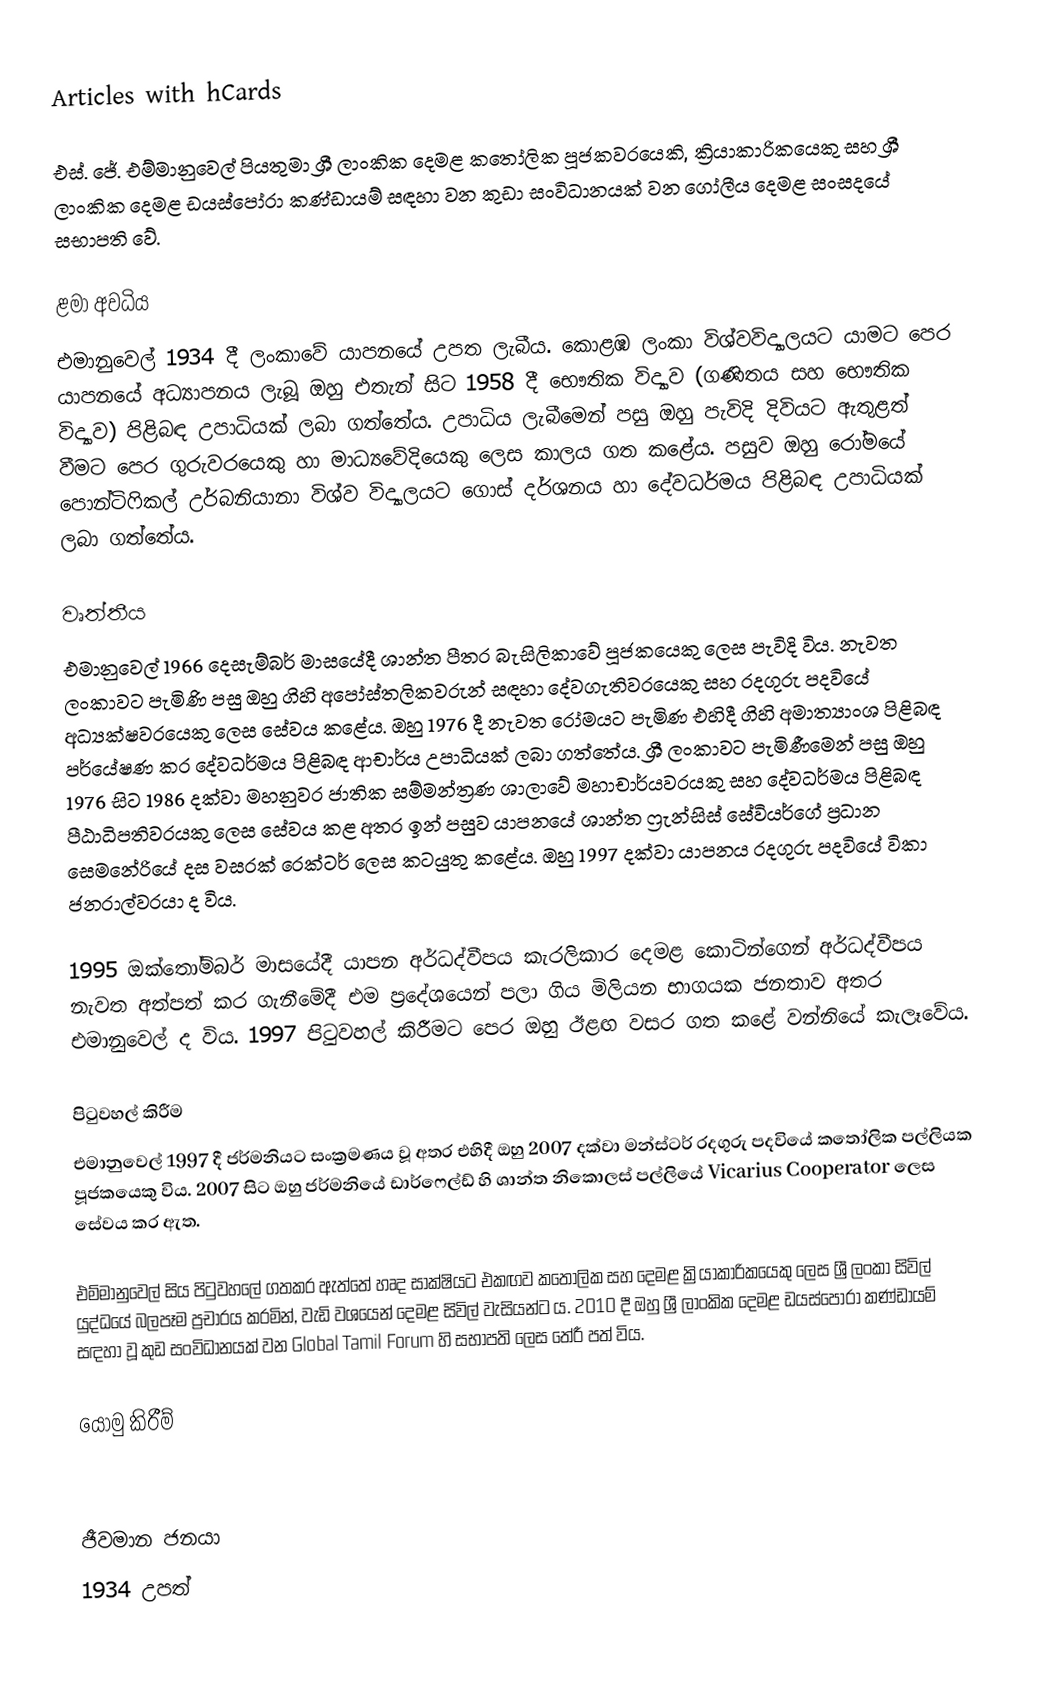
Articles with hCards

එස්. ජේ. එම්මානුවෙල් පියතුමා ශ්‍රී ලාංකික දෙමළ කතෝලික පූජකවරයෙකි, ක්‍රියාකාරිකයෙකු සහ ශ්‍රී ලාංකික දෙමළ ඩයස්පෝරා කණ්ඩායම් සඳහා වන කුඩා සංවිධානයක් වන ගෝලීය දෙමළ සංසදයේ සභාපති වේ.

ළමා අවධිය
එමානුවෙල් 1934 දී ලංකාවේ යාපනයේ උපත ලැබීය. කොළඹ ලංකා විශ්වවිද්‍යාලයට යාමට පෙර යාපනයේ අධ්‍යාපනය ලැබූ ඔහු එතැන් සිට 1958 දී භෞතික විද්‍යාව (ගණිතය සහ භෞතික විද්‍යාව) පිළිබඳ උපාධියක් ලබා ගත්තේය. උපාධිය ලැබීමෙන් පසු ඔහු පැවිදි දිවියට ඇතුළත් වීමට පෙර ගුරුවරයෙකු හා මාධ්‍යවේදියෙකු ලෙස කාලය ගත කළේය. පසුව ඔහු රෝමයේ පොන්ටිෆිකල් උර්බනියානා විශ්ව විද්‍යාලයට ගොස් දර්ශනය හා දේවධර්මය පිළිබඳ උපාධියක් ලබා ගත්තේය.

වෘත්තීය
එමානුවෙල් 1966 දෙසැම්බර් මාසයේදී ශාන්ත පීතර බැසිලිකාවේ පූජකයෙකු ලෙස පැවිදි විය. නැවත ලංකාවට පැමිණි පසු ඔහු ගිහි අපෝස්තලිකවරුන් සඳහා දේවගැතිවරයෙකු සහ රදගුරු පදවියේ අධ්‍යක්ෂවරයෙකු ලෙස සේවය කළේය. ඔහු 1976 දී නැවත රෝමයට පැමිණ එහිදී ගිහි අමාත්‍යාංශ පිළිබඳ පර්යේෂණ කර දේවධර්මය පිළිබඳ ආචාර්ය උපාධියක් ලබා ගත්තේය. ශ්‍රී ලංකාවට පැමිණීමෙන් පසු ඔහු 1976 සිට 1986 දක්වා මහනුවර ජාතික සම්මන්ත්‍රණ ශාලාවේ මහාචාර්යවරයකු සහ දේවධර්මය පිළිබඳ පීඨාධිපතිවරයකු ලෙස සේවය කළ අතර ඉන් පසුව යාපනයේ ශාන්ත ෆ්‍රැන්සිස් සේවියර්ගේ ප්‍රධාන සෙමනේරියේ දස වසරක් රෙක්ටර් ලෙස කටයුතු කළේය. ඔහු 1997 දක්වා යාපනය රදගුරු පදවියේ විකා ජනරාල්වරයා ද විය.

1995 ඔක්තෝම්බර් මාසයේදී යාපන අර්ධද්වීපය කැරලිකාර දෙමළ කොටින්ගෙන් අර්ධද්වීපය නැවත අත්පත් කර ගැනීමේදී එම ප්‍රදේශයෙන් පලා ගිය මිලියන භාගයක ජනතාව අතර එමානුවෙල් ද විය. 1997 පිටුවහල් කිරීමට පෙර ඔහු ඊළඟ වසර ගත කළේ වන්නියේ කැලෑවේය.

පිටුවහල් කිරීම
එමානුවෙල් 1997 දී ජර්මනියට සංක්‍රමණය වූ අතර එහිදී ඔහු 2007 දක්වා මන්ස්ටර් රදගුරු පදවියේ කතෝලික පල්ලියක පූජකයෙකු විය. 2007 සිට ඔහු ජර්මනියේ ඩාර්ෆෙල්ඩ් හි ශාන්ත නිකොලස් පල්ලියේ Vicarius Cooperator ලෙස සේවය කර ඇත.

එම්මානුවෙල් සිය පිටුවහලේ ගතකර ඇත්තේ හෘද සාක්ෂියට එකඟව කතෝලික සහ දෙමළ ක්‍රියාකාරිකයෙකු ලෙස ශ්‍රී ලංකා සිවිල් යුද්ධයේ බලපෑම ප්‍රචාරය කරමින්, වැඩි වශයෙන් දෙමළ සිවිල් වැසියන්ට ය. 2010 දී ඔහු ශ්‍රී ලාංකික දෙමළ ඩයස්පෝරා කණ්ඩායම් සඳහා වූ කුඩ සංවිධානයක් වන Global Tamil Forum හි සභාපති ලෙස තේරී පත් විය.

යොමු කිරීම්

ජීවමාන ජනයා
1934 උපත්